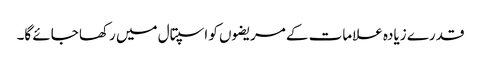
قدرے زیادہ علامات کے مریضوں کو اسپتال میں رکھا جائے گا۔